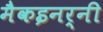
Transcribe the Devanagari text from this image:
मैकइनर्नी